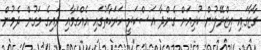
ގާޒާގައި އިޒްރޭލުން ކުރިއަށް ގެންދާ އަސްކަރީ ހަރަކާތުގައި އެއްގަމާއި ވައިގެ މަގުން ދެމުން